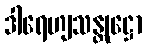
ဒါရေဟျသန္တုဋ္ဌော